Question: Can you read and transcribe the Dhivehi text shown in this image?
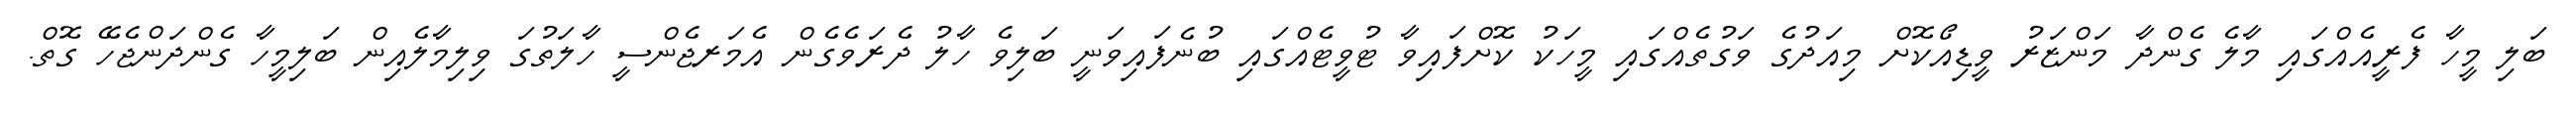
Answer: ބަލި މީހާ ފެރީއެއްގައި މާލެ ގެންދާ މަންޒަރު ވީޑިއޯކޮށް މިއަދުގެ ވަގުތެއްގައި މީހަކު ކޮށްފައިވާ ޓުވީޓެއްގައި ބުނެފައިވަނީ ބަލިވެ ހާލު ދެރަވެގެން އެމަރޖެންސީ ހާލަތުގަ ވިލިމާލެއިން ބަލިމީހާ ގެންދަންޖެހޭ ގޮތް.